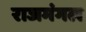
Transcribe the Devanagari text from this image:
राजमंगल